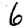
Digit: 6